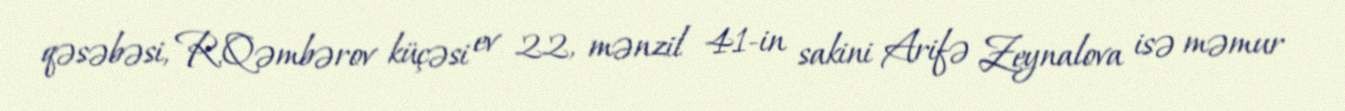
qəsəbəsi, R.Qəmbərov küçəsi ev 22, mənzil 41-in sakini Arifə Zeynalova isə məmur